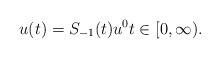
LaTeX: \begin{align*} u(t) = S_{-1}(t) u^{0} t \in [0, \infty). \end{align*}